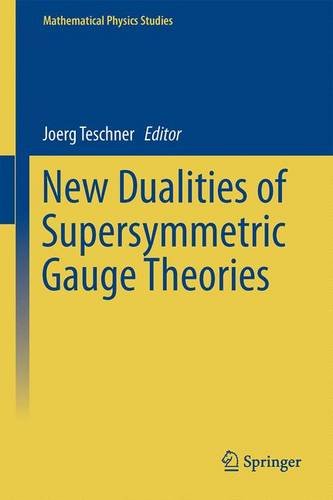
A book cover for New Dualities of Supersymmetric Gauge Theories (Mathematical Physics Studies); Science & Math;